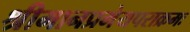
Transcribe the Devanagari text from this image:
श्रीमानप्रमेयपराक्रमः